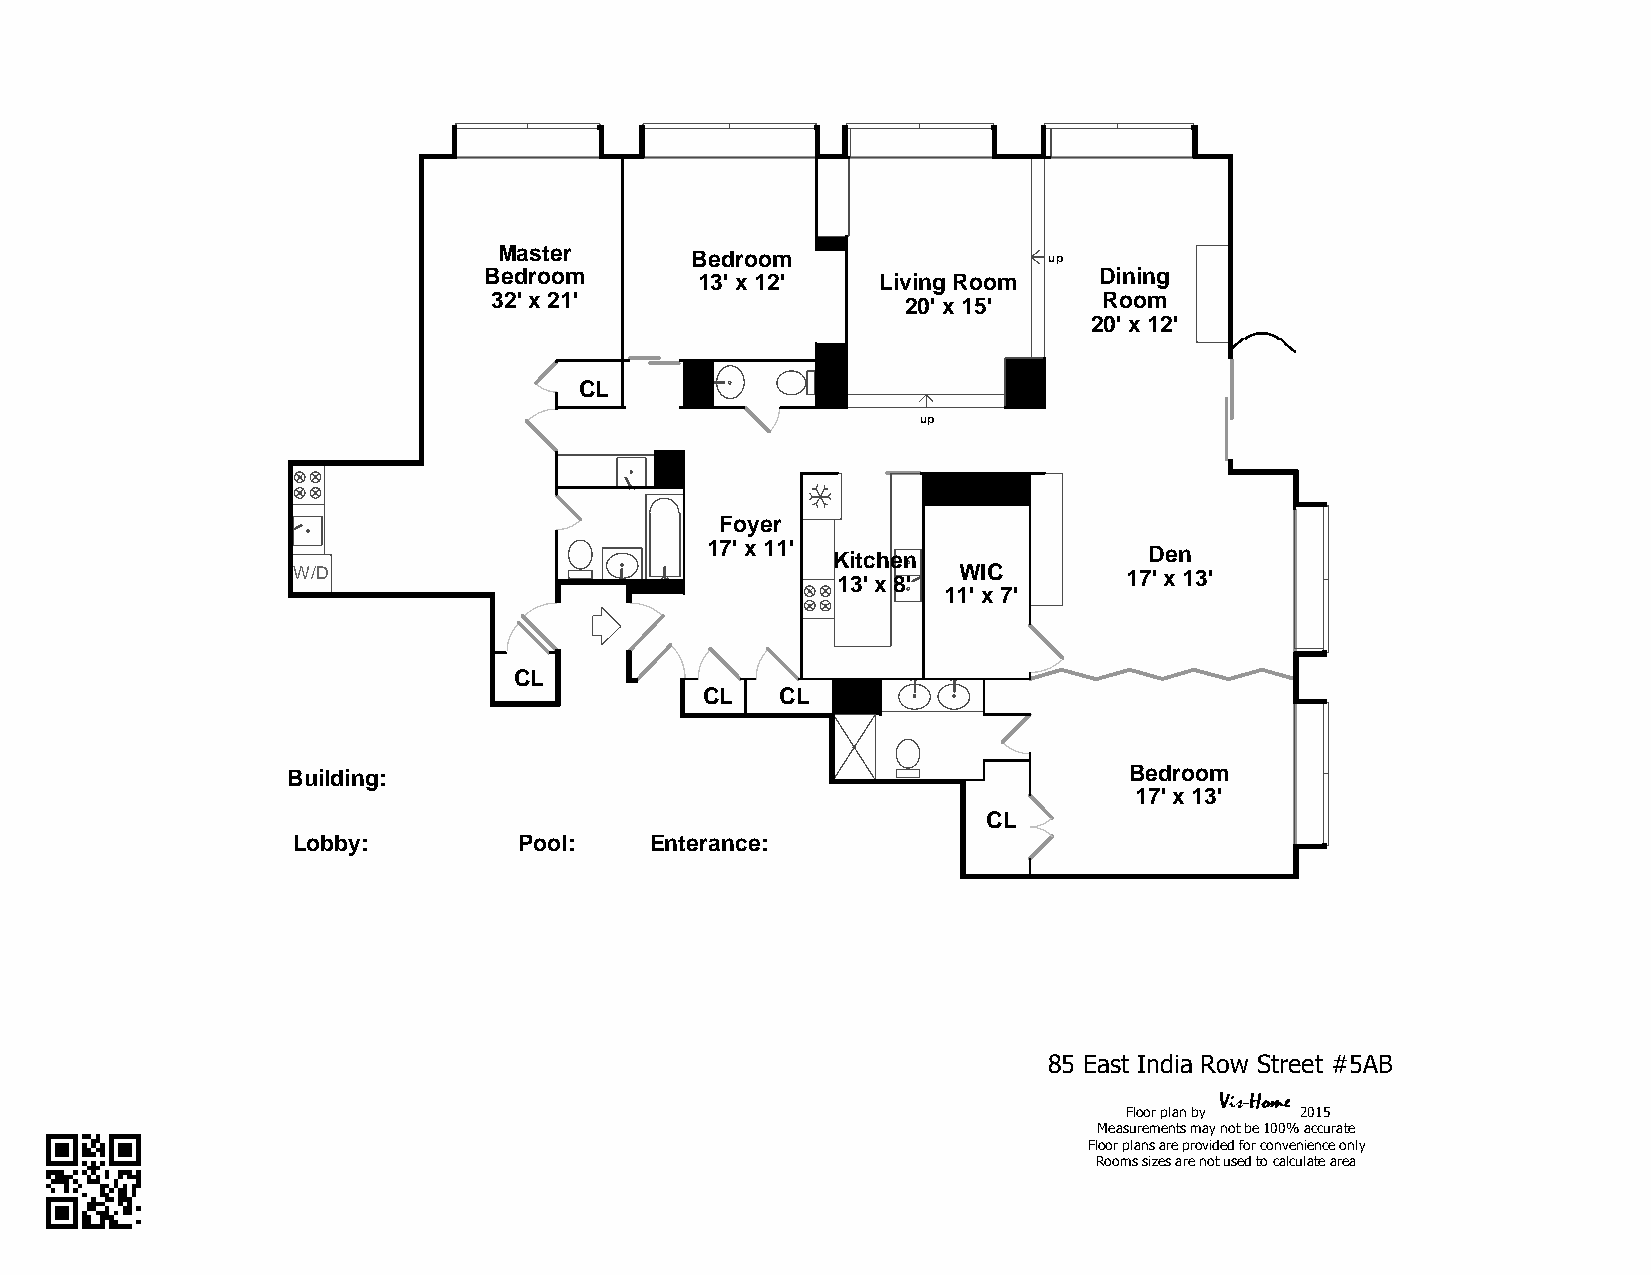
Master       Bedroom                up
 Bedroom       13' x 12'   Living Room    Dining
 32' x 21'                   20' x 15'    Room
 20' x 12'
 CL
 up
 Foyer
 17' x 11' Kitchen            Den
 W/D                                 13' x 8' WIC        17' x 13'
 11' x 7'
 CL
 CL    CL
 Building:                                               Bedroom
 17' x 13'
 CL
 Lobby:         Pool:    Enterance:
 85 East India Row Street #5AB
 VV V Viiiissss----HHHHoooommmmeeee
 Floor plan by 2015
 Measurements may not be 100% accurate
 Floor plans are provided for convenience only
 Rooms sizes are not used to calculate area